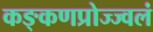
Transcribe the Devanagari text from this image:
कङ्कणप्रोज्ज्वलं